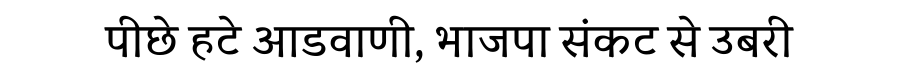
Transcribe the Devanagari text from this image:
पीछे हटे आडवाणी, भाजपा संकट से उबरी